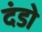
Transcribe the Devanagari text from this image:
दंडो